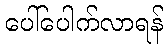
ပေါ်ပေါက်လာရန်